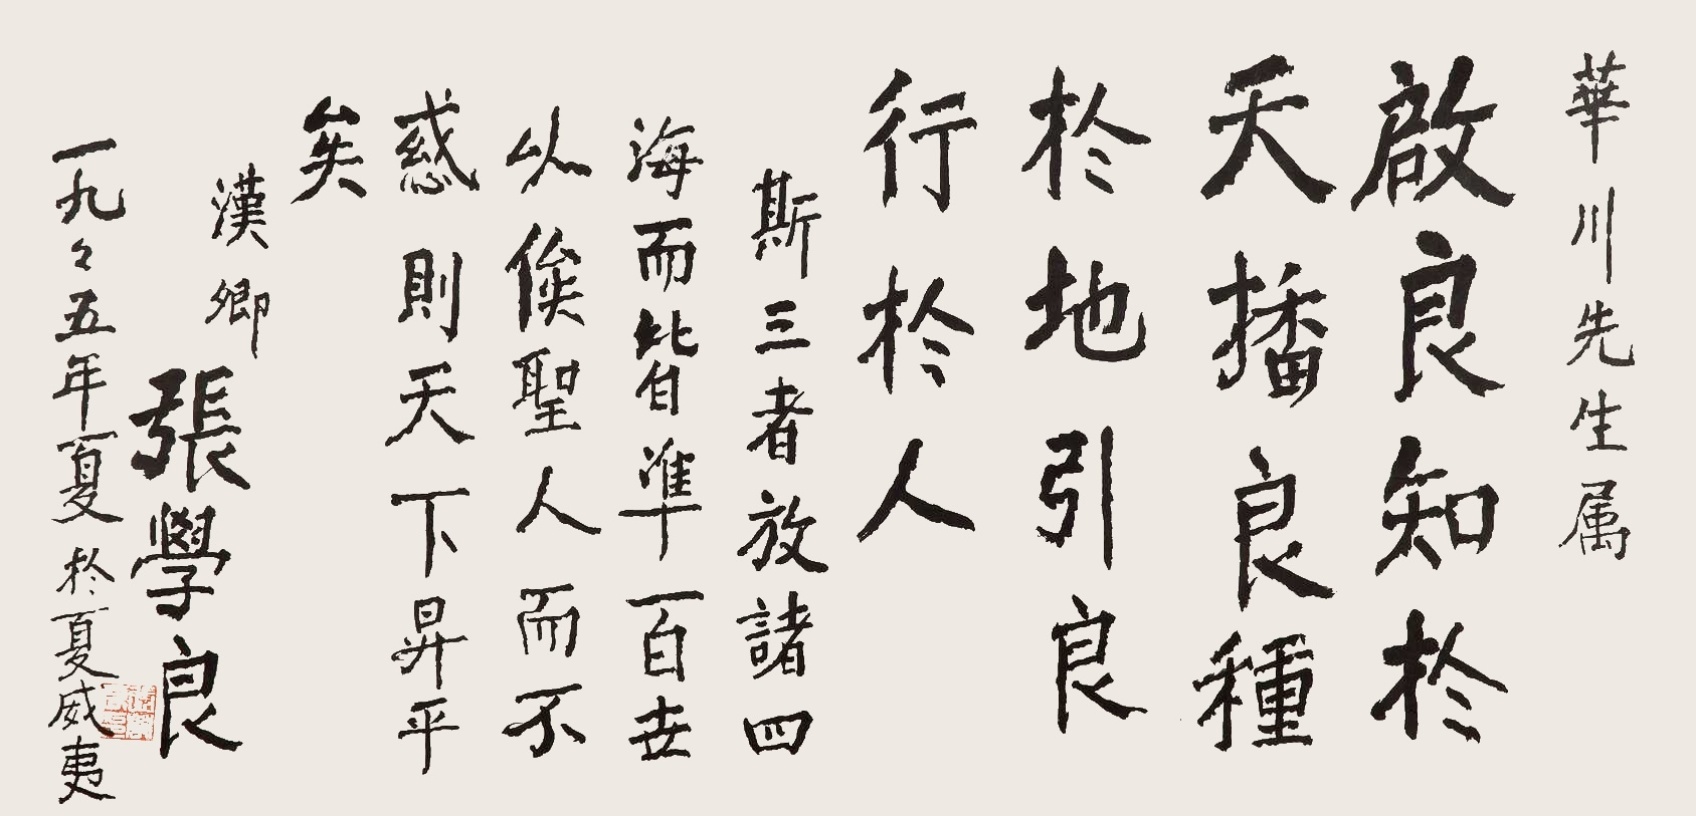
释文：启良知于天，播良种于地，引良行于人。斯三者放诸四海而皆准，百世以俟圣人而不惑，则天下升平矣。华川先生属。汉卿张学良，一九九五年夏于夏威夷。